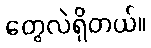
တွေလဲရှိတယ်။